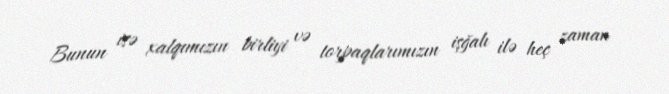
Bunun isə xalqımızın birliyi və torpaqlarımızın işğalı ilə heç zaman